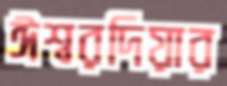
ঈশ্বরদিয়ার